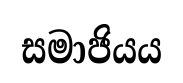
සමාජියය